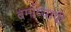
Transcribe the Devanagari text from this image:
बर्माव्यापी